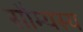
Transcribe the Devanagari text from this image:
सौम्यस्य